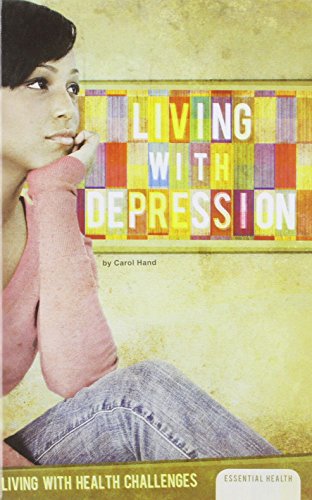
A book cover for Living with Depression (Living with Health Challenges (Abdo)); Carol Hand; Teen & Young Adult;